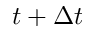
t + \Delta t